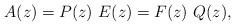
LaTeX: \begin{align*} A(z)=P(z)~E(z)=F(z)~Q(z), \end{align*}